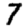
Digit: 7